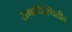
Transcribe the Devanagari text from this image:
समाधिस्थितीत